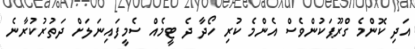
އަދި ކޮންމެ ގްރޫޕަކުންވެސް އެންމެ ކުރި ހޯދާ ދެ ޓީމެއް ސެމީފައިނަލަށް ދަތުރުކުރާނެ